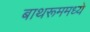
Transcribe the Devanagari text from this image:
बाथरूममध्ये